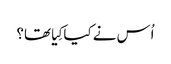
‏ اُس نے کیا کِیا تھا؟